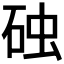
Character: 𪿛